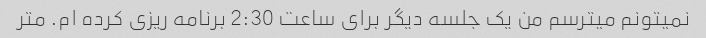
نمیتونم میترسم من یک جلسه دیگر برای ساعت 2:30 برنامه ریزی کرده ام. متر